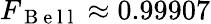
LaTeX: F_{\mathrm{~B~e~l~l~}}\approx 0.99907